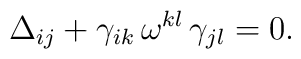
\Delta_{ij} + \gamma_{ik} \, \omega^{kl} \, \gamma_{jl} = 0.